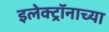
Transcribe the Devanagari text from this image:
इलेक्ट्रॉनाच्या